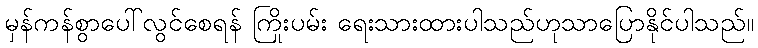
မှန်ကန်စွာပေါ်လွင်စေရန် ကြိုးပမ်း ရေးသားထားပါသည်ဟုသာပြောနိုင်ပါသည်။